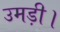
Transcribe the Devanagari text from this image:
उमड़ी।